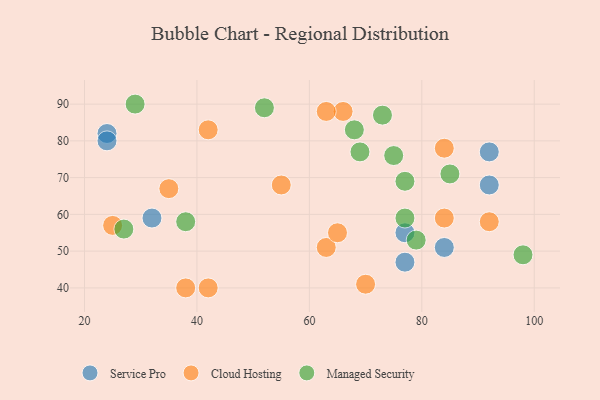
{"axis": {"x": "GDP", "y": "Life Expectancy"}, "legend": ["Cloud Hosting", "Managed Security", "Service Pro"], "data": [{"x": "84", "y": 51, "type": "Service Pro"}, {"x": "92", "y": 68, "type": "Service Pro"}, {"x": "77", "y": 55, "type": "Service Pro"}, {"x": "92", "y": 77, "type": "Service Pro"}, {"x": "24", "y": 82, "type": "Service Pro"}, {"x": "24", "y": 80, "type": "Service Pro"}, {"x": "32", "y": 59, "type": "Service Pro"}, {"x": "77", "y": 47, "type": "Service Pro"}, {"x": "84", "y": 78, "type": "Cloud Hosting"}, {"x": "42", "y": 83, "type": "Cloud Hosting"}, {"x": "42", "y": 40, "type": "Cloud Hosting"}, {"x": "63", "y": 51, "type": "Cloud Hosting"}, {"x": "35", "y": 67, "type": "Cloud Hosting"}, {"x": "55", "y": 68, "type": "Cloud Hosting"}, {"x": "38", "y": 40, "type": "Cloud Hosting"}, {"x": "70", "y": 41, "type": "Cloud Hosting"}, {"x": "66", "y": 88, "type": "Cloud Hosting"}, {"x": "25", "y": 57, "type": "Cloud Hosting"}, {"x": "92", "y": 58, "type": "Cloud Hosting"}, {"x": "63", "y": 88, "type": "Cloud Hosting"}, {"x": "84", "y": 59, "type": "Cloud Hosting"}, {"x": "65", "y": 55, "type": "Cloud Hosting"}, {"x": "29", "y": 90, "type": "Managed Security"}, {"x": "73", "y": 87, "type": "Managed Security"}, {"x": "52", "y": 89, "type": "Managed Security"}, {"x": "79", "y": 53, "type": "Managed Security"}, {"x": "77", "y": 69, "type": "Managed Security"}, {"x": "77", "y": 59, "type": "Managed Security"}, {"x": "27", "y": 56, "type": "Managed Security"}, {"x": "68", "y": 83, "type": "Managed Security"}, {"x": "98", "y": 49, "type": "Managed Security"}, {"x": "75", "y": 76, "type": "Managed Security"}, {"x": "69", "y": 77, "type": "Managed Security"}, {"x": "85", "y": 71, "type": "Managed Security"}, {"x": "38", "y": 58, "type": "Managed Security"}]}